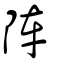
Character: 陣